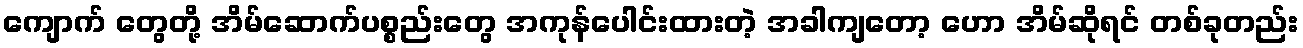
ကျောက် တွေတို့ အိမ်ဆောက်ပစ္စည်းတွေ အကုန်ပေါင်းထားတဲ့ အခါကျတော့ ဟော အိမ်ဆိုရင် တစ်ခုတည်း